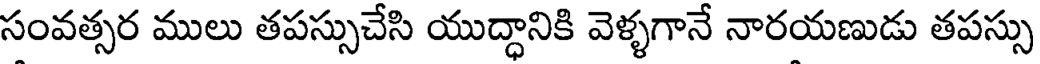
సంవత్సర ములు తపస్సుచేసి యుద్ధానికి వెళ్ళగానే నారయణుడు తపస్సు